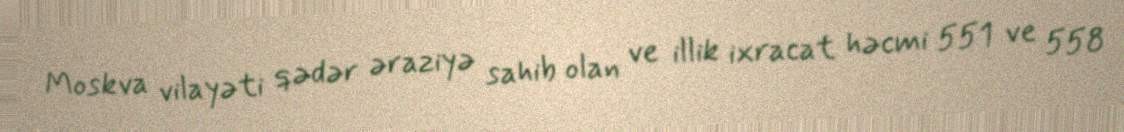
Moskva vilayəti qədər əraziyə sahib olan ve illik ixracat həcmi 551 ve 558